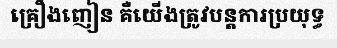
គ្រឿងញៀន គឺយើងត្រូវបន្តការប្រយុទ្ធ